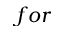
f o r